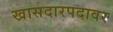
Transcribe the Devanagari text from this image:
खासदारपदावर